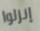
إنزلوا